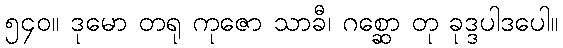
၅၄၀။ ဒုမော တရု ကုဇော သာခီ၊ ဂစ္ဆော တု ခုဒ္ဒပါဒပေါ။